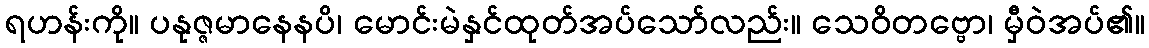
ရဟန်းကို။ ပနုဇ္ဇမာနေနပိ၊ မောင်းမဲနှင်ထုတ်အပ်သော်လည်း။ သေဝိတဗ္ဗော၊ မှီဝဲအပ်၏။